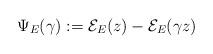
LaTeX: \begin{align*}\Psi_E(\gamma):=\mathcal E_E(z)-\mathcal E_E(\gamma z)\end{align*}